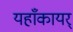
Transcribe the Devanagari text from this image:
यहाँकायर्